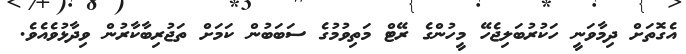
އެގޮތަށް ދިމާވަނީ ހަކުރުބަލިޖެހޭ މީހުންގެ ރޭޓް މަތިވުމުގެ ސަބަބުން ކަމަށް ތަޖުރިބާކާރުން ވިދާޅުވެއެވެ.